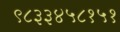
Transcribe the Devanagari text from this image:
९८३३४५८१५१